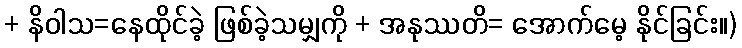
+ နိဝါသ=နေထိုင်ခဲ့ ဖြစ်ခဲ့သမျှကို + အနုဿတိ= အောက်မေ့ နိုင်ခြင်း။)